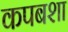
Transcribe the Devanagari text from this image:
कपबशा